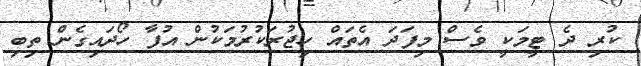
ކުރި ދެ ޓީމަކީ ވެސް މިފަދަ އެތައް ހިޖުރަކުރުމަކުން އުފާ ހޯދައިގެން ތިބި